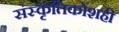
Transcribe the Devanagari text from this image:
संस्कृतिकोशही